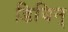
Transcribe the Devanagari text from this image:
डिविन्